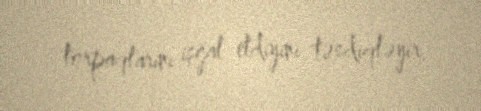
torpaqlarını işğal etdiyini təsdiqləyir.